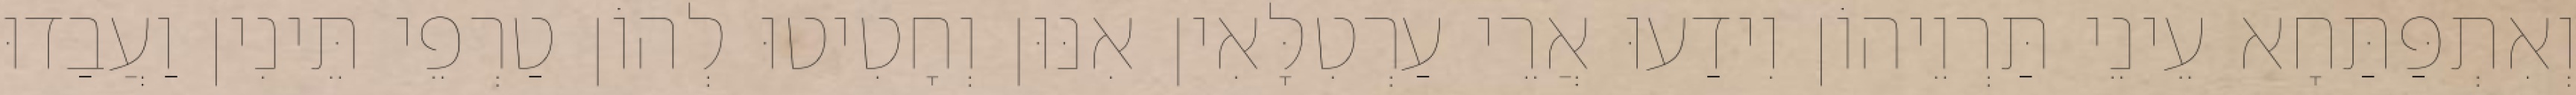
וְאִתְפַּתַּחָא עֵינֵי תַּרְוֵיהוֹן וִידַעוּ אֲרֵי עַרְטִלָּאִין אִנּוּן וְחָטִיטוּ לְהוֹן טַרְפֵי תֵּינִין וַעֲבַדוּ